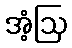
အံ့ဩ